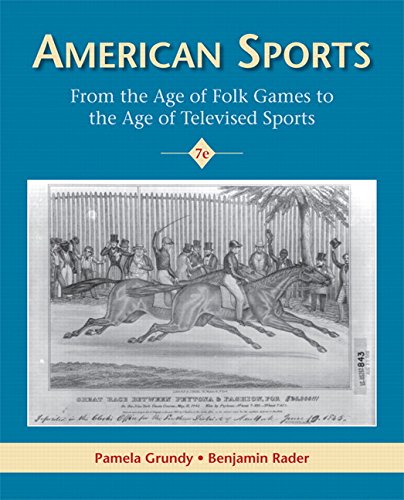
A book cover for American Sports (7th Edition); Benjamin G. Rader; Sports & Outdoors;